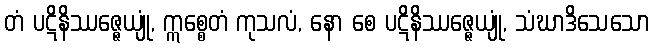
တံ ပဋိနိဿဇ္ဇေယျုံ, ဣစ္စေတံ ကုသလံ, နော စေ ပဋိနိဿဇ္ဇေယျုံ, သံဃာဒိသေသော